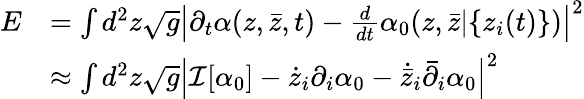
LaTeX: \begin{array}{rl}{E}&{=\int d^{2}z\sqrt{g}\left|\partial_{t}\alpha(z,{\bar{z}},t)-\frac{d}{dt}\alpha_{0}(z,{\bar{z}}|\{ z_{i}(t)\} )\right|^{2}}\\ &{\approx\int d^{2}z\sqrt{g}\left|\mathcal I[\alpha_{0}]-\dot{z}_{i}\partial_{i}\alpha_{0}-\dot{\bar{z}}_{i}\bar{\partial}_{i}\alpha_{0}\right|^{2}}\end{array}